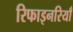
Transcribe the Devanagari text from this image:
रिफाइनरियाँ